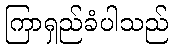
ကြာရှည်ခံပါသည်